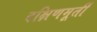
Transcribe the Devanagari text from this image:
दक्षिणमूर्ती